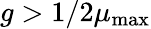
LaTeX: g>1/2\mu_{\mathrm{max}}